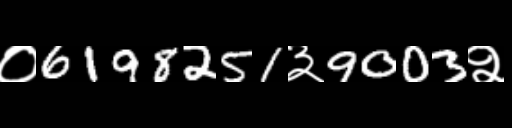
Text: ०6198251३9003२